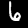
Digit: 6